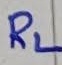
Text: RL